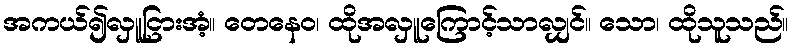
အကယ်၍လှူငြားအံ့။ တေနေဝ၊ ထိုအလှူကြောင့်သာလျှင်။ သော၊ ထိုသူသည်။